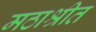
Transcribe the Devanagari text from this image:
मठाश्रीत